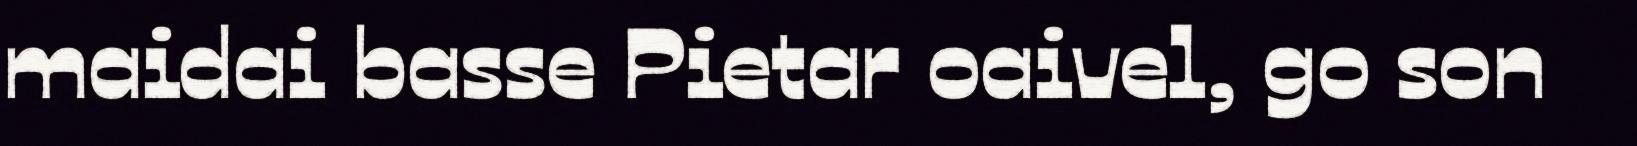
maidai basse Pietar oaivel, go son